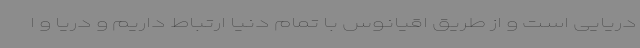
دریایی است و از طریق اقیانوس با تمام دنیا ارتباط داریم و دریا و ا